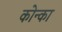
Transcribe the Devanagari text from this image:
कोन्का